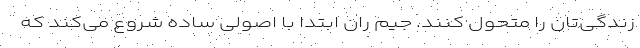
زندگی‌تان را متحول کنند. جیم ران ابتدا با اصولی ساده شروع می‌کند که